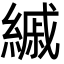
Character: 縬